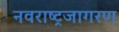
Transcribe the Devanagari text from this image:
नवराष्ट्रजागरण